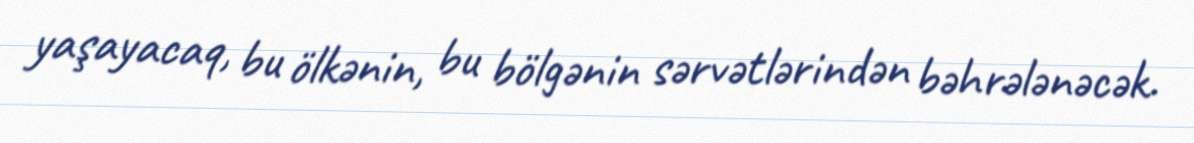
yaşayacaq, bu ölkənin, bu bölgənin sərvətlərindən bəhrələnəcək.